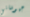
جيوفاني